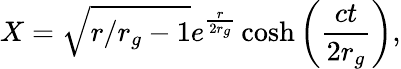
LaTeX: X=\sqrt{r/r_{g}-1}e^{\frac{r}{2r_{g}}}\cosh\left(\frac{ct}{2r_{g}}\right),